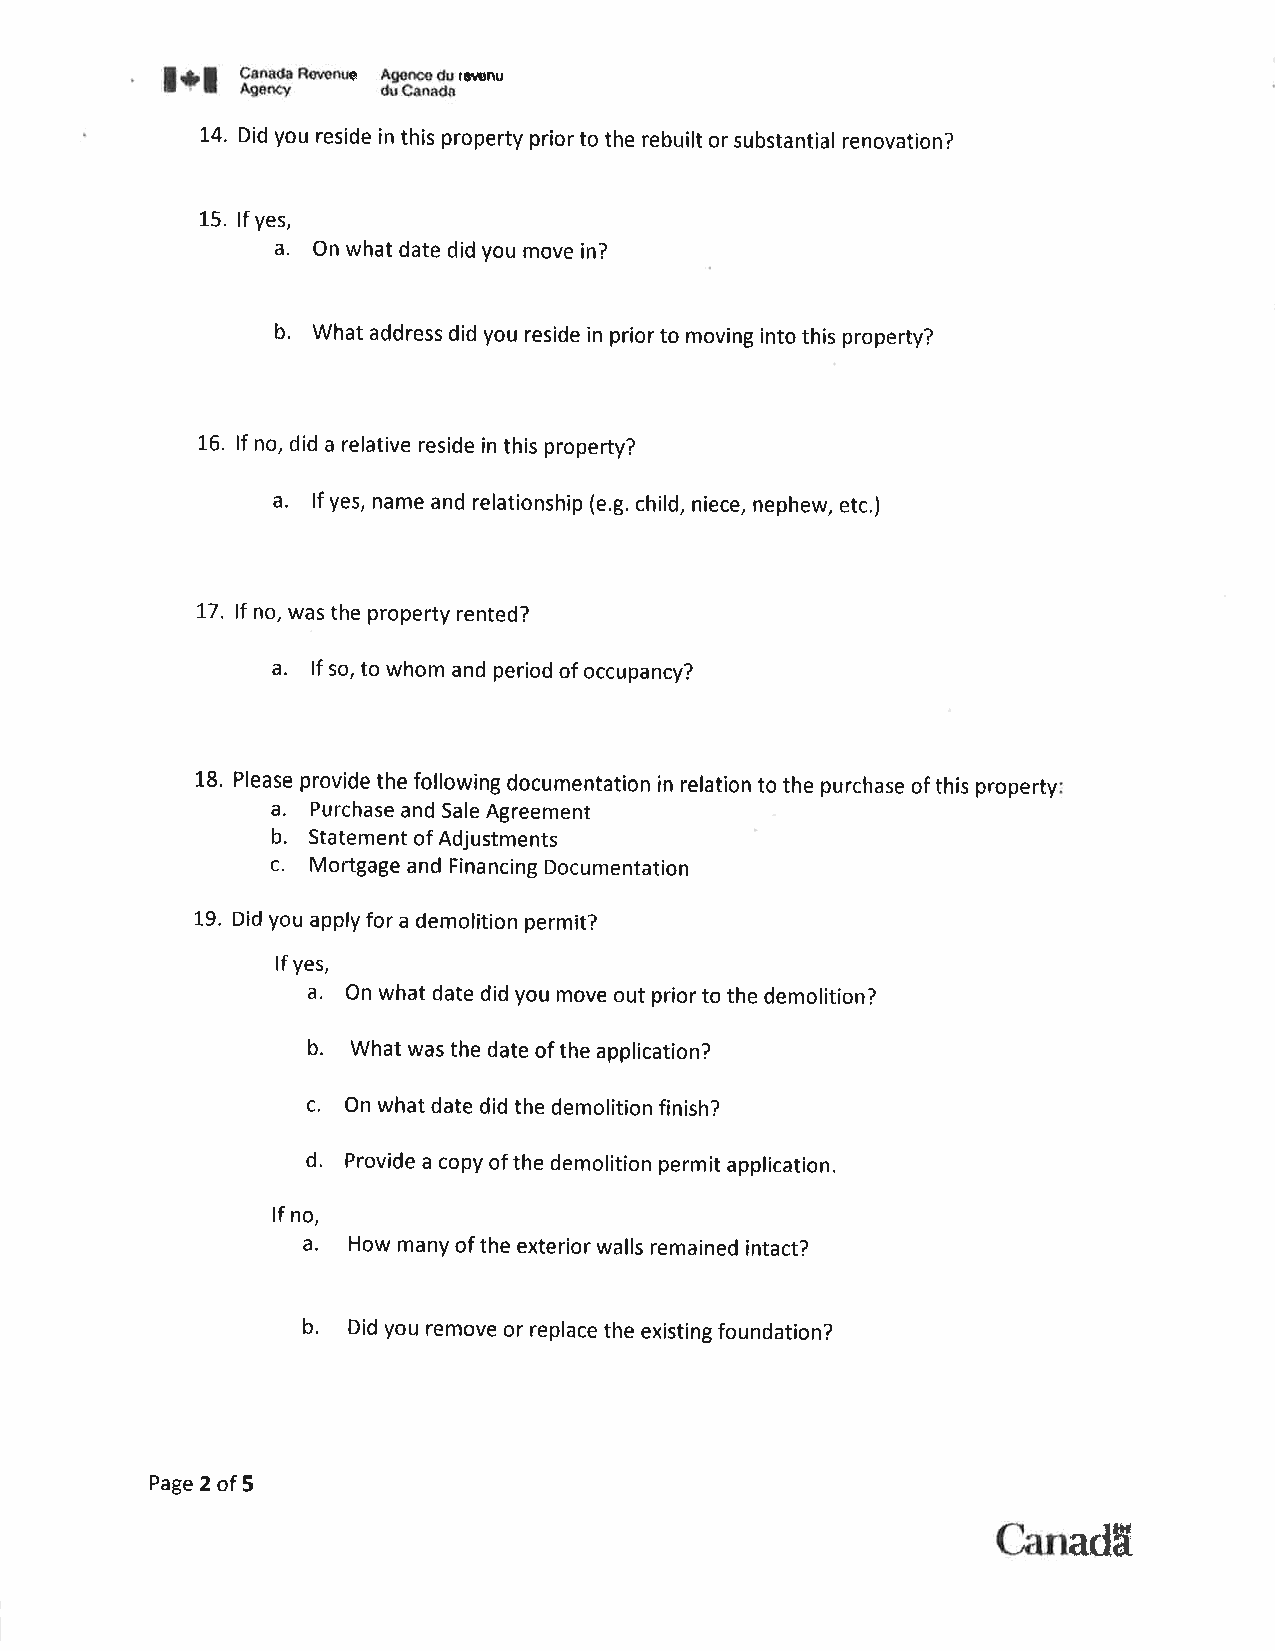
l+l  ffffi*ç       rt"onÛ
 ffioíædu
 14. Did you reside in this property prior to the rebuilt or substant¡al renovation?
 L5. lf yes,
 a.
 On what date did you move in?
 b,
 What address did you reside in prior to moving into this property?
 1"6. lf no, did a relative reside in this property?
 a.
 lf yes, name and relationship (e.g. child, niece, nephew, etc,)
 17. lf no, was the property rented?
 a.
 lf so, to whom and period of occupancy?
 18. Please provide the following documentation in relation to the purchase of this property
 a.
 Purchase and Sale Agreement
 b.
 Statement of Adjustments
 c.
 Mortgage and Financing Documentation
 19. Did you apply for a demolition permit?
 lf yes,
 a.
 On what date did you move out prior to the demolitíon?
 b.
 What was the date of the application?
 c.
 On what date did the demolition finish?
 d,
 Provide a copy of the demolition permit application.
 tf no,
 a.
 How many of the exterior walls remained intact?
 b.
 Did you remove or replace the existing foundation?
 Page 2 of 5
 Canadfr